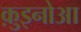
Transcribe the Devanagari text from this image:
क़ुइनोआ